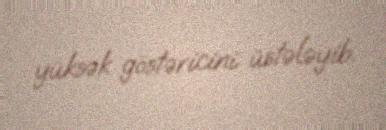
yüksək göstəricini üstələyib.